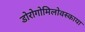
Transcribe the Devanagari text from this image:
डोरोगोमिलोवस्काया